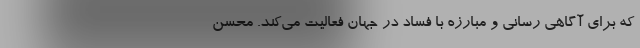
که برای آگاهی رسانی و مبارزه با فساد در جهان فعالیت می‌کند. محسن